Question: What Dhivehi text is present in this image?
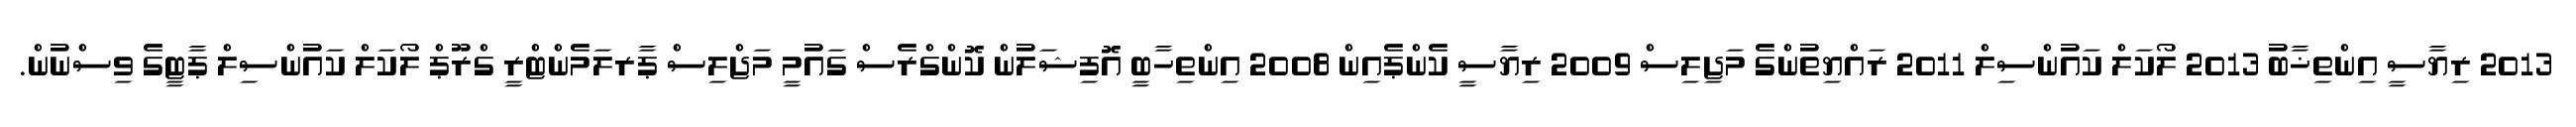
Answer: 2013 ރިޔާސީ އިންތިޚާބު 2013 ލޯކަލް ކައުންސިލް 2011 ރައްޔިތުންގެ މަޖިލިސް 2009 ރިޔާސީ ކެންޕެއިން 2008 އިންތިހާބީ އޮފިޝަލުން ކޮންގްރެސް ގައުމީ މަޖްލިސް ޕާރލަމެންޓްރީ ގްރޫޕް ލޯކަލް ކައުންސިލް ޕާޓީގެ ވިސްނުން.